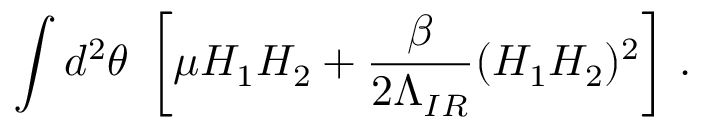
\int d ^ { 2 } \theta \, \, \left[ \mu H _ { 1 } H _ { 2 } + \frac { \beta } { 2 \Lambda _ { I R } } ( H _ { 1 } H _ { 2 } ) ^ { 2 } \right] \, .